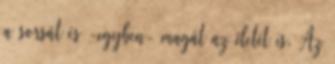
a sorsát és -egyben- magát az életét is. Az